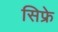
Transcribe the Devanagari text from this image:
सिफ्रे